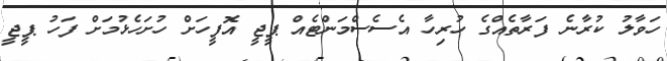
ހަވާލު ކުރާނެ ފަރާތެއްގެ ހުރިހާ އެސެސްމަންޓެއް ޕީޖީ އޮފީހަށް ހުށަހެޅުމަށް ފަހު ޕީޖީ